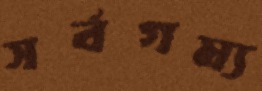
সর্বগম্য